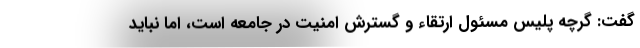
گفت: گرچه پلیس مسئول ارتقاء و گسترش امنیت در جامعه است، اما نباید